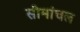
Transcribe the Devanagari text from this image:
सीमांचल